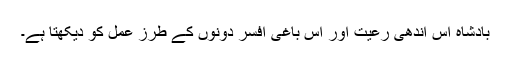
بادشاہ اس اندھی رعیت اور اس باغی افسر دونوں کے طرز عمل کو دیکھتا ہے۔